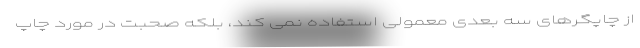
از چاپگرهای سه بعدی معمولی استفاده نمی کند، بلکه صحبت در مورد چاپ